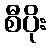
စီပိုး